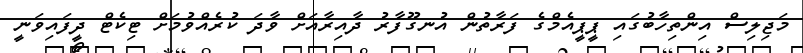
މަޖިލިސް އިންތިހާބުގައި ޕީޕީއެމްގެ ފަރާތުން އުނގޫފާރު ދާއިރާއަށް ވާދަ ކުރެއްވުމަށް ޓިކެޓް ދީފައިވަނީ